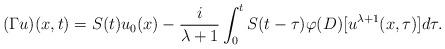
LaTeX: \begin{align*}(\Gamma u)(x,t)=S(t)u_{0}(x)-\frac{i}{\lambda+1}\int_{0}^{t}S(t-\tau )\varphi(D)[u^{\lambda+1}(x,\tau)] d\tau.\end{align*}